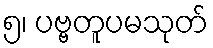
၅၊ ပဗ္ဗတူပမသုတ်